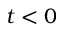
t < 0